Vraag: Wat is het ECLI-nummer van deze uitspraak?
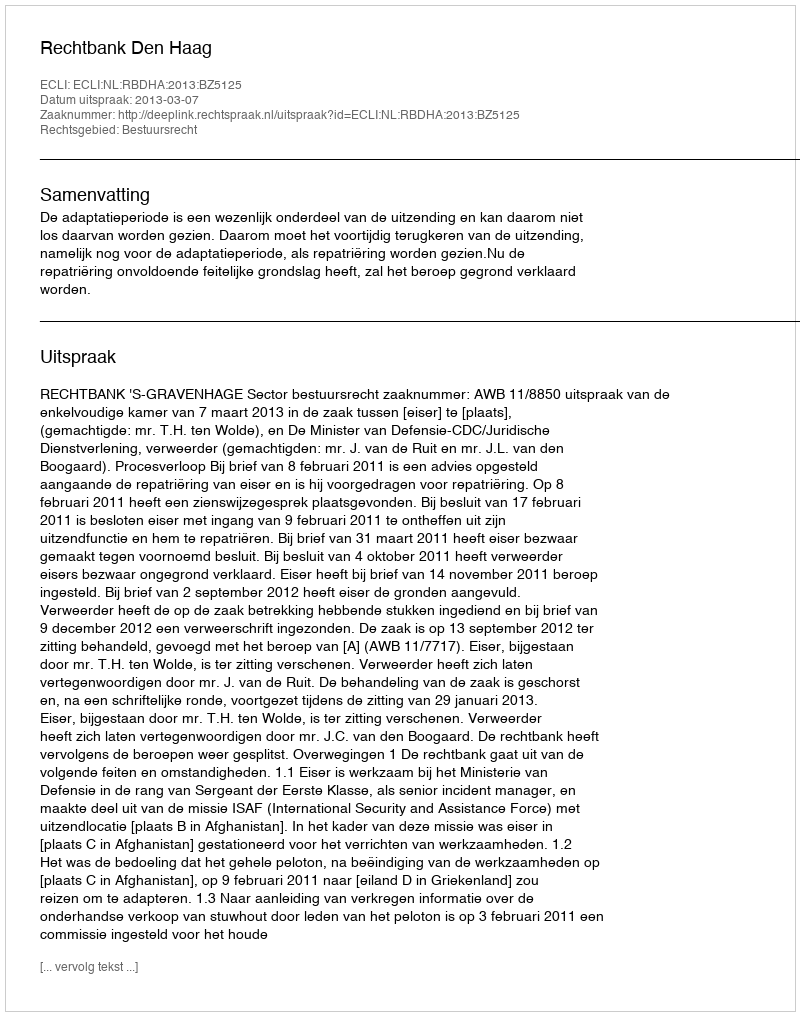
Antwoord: ECLI:NL:RBDHA:2013:BZ5125